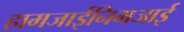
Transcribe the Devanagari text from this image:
हामजाईनिमजाई